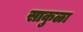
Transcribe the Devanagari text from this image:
साकुळा